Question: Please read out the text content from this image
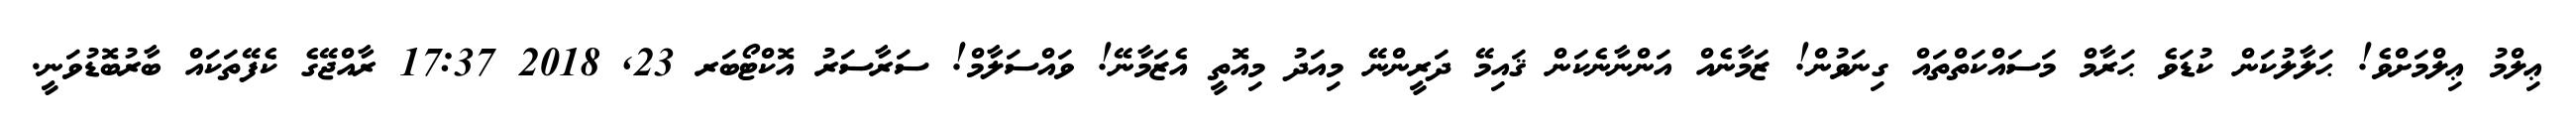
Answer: ޢިލްމު ޢިލްމަށްވެ! ޙަލާލުކަން ކުޑަވެ ޙަރާމް މަސައްކަތްތައް ގިނަވުން! ޒަމާނެއް އަންނާނެކަން ޤައިމޭ ދަރީންނޭ މިއަދު މިއޮތީ އެޒަމާނޭ! ވައްސަލާމް! ސަރާސަރު އޮކްޓޯބަރ 23, 2018 17:37 ރާއްޖޭގެ ކެފޭތަކައް ބާރުބޮޑުވަނީ.